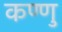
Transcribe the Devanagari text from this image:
कण्णु